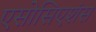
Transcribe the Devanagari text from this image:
एसोसिएशंस